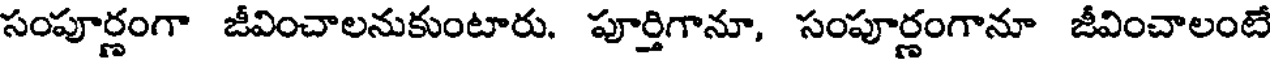
సంపూర్ణంగా జీవించాలనుకుంటారు. పూర్తిగానూ, సంపూర్ణంగానూ జీవించాలంటే